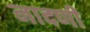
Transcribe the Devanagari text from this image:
नादणी